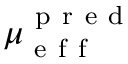
\mu _ { \mathrm { ~ e ~ f ~ f ~ } } ^ { \mathrm { ~ p ~ r ~ e ~ d ~ } }